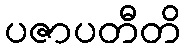
ပဇာပတီတိ